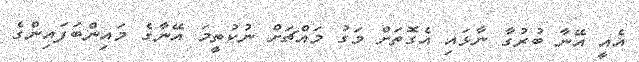
އެއީ އޭނާ ބުރުގާ ނާޅައި އެގޮތަށް މަގު މައްޗަށް ނުކުތީމަ އޭނާގެ މައިންބަފައިންގެ